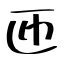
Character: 匝